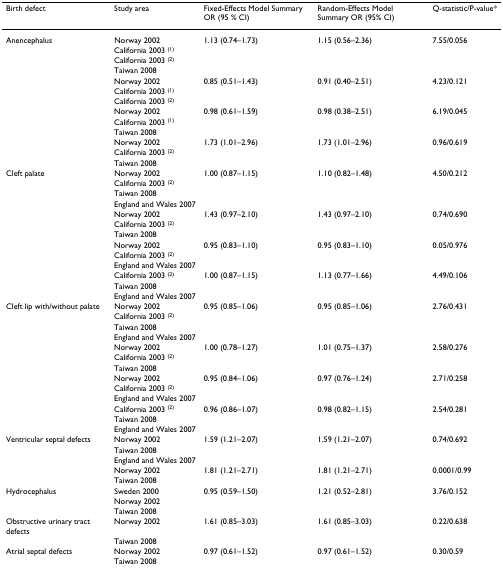
<table><thead><tr><td><b>Birth defect</b></td><td><b>Study area</b></td><td><b>Fixed-Effects Model Summary OR (95 % CI)</b></td><td><b>Random-Effects Model Summary OR (95% CI)</b></td><td><b>Q-statistic/P-value*</b></td></tr></thead><tbody><tr><td>Anencephalus</td><td>Norway 2002</td><td>1.13 (0.74–1.73)</td><td>1.15 (0.56–2.36)</td><td>7.55/0.056</td></tr><tr><td></td><td>California 2003 <sup>(1)</sup></td><td></td><td></td><td></td></tr><tr><td></td><td>California 2003 <sup>(2)</sup></td><td></td><td></td><td></td></tr><tr><td></td><td>Taiwan 2008</td><td></td><td></td><td></td></tr><tr><td></td><td>Norway 2002</td><td>0.85 (0.51–1.43)</td><td>0.91 (0.40–2.51)</td><td>4.23/0.121</td></tr><tr><td></td><td>California 2003 <sup>(1)</sup></td><td></td><td></td><td></td></tr><tr><td></td><td>California 2003 <sup>(2)</sup></td><td></td><td></td><td></td></tr><tr><td></td><td>Norway 2002</td><td>0.98 (0.61–1.59)</td><td>0.98 (0.38–2.51)</td><td>6.19/0.045</td></tr><tr><td></td><td>California 2003 <sup>(1)</sup></td><td></td><td></td><td></td></tr><tr><td></td><td>Taiwan 2008</td><td></td><td></td><td></td></tr><tr><td></td><td>Norway 2002</td><td>1.73 (1.01–2.96)</td><td>1.73 (1.01–2.96)</td><td>0.96/0.619</td></tr><tr><td></td><td>California 2003 <sup>(2)</sup></td><td></td><td></td><td></td></tr><tr><td></td><td>Taiwan 2008</td><td></td><td></td><td></td></tr><tr><td>Cleft palate</td><td>Norway 2002</td><td>1.00 (0.87–1.15)</td><td>1.10 (0.82–1.48)</td><td>4.50/0.212</td></tr><tr><td></td><td>California 2003 <sup>(2)</sup></td><td></td><td></td><td></td></tr><tr><td></td><td>Taiwan 2008</td><td></td><td></td><td></td></tr><tr><td></td><td>England and Wales 2007</td><td></td><td></td><td></td></tr><tr><td></td><td>Norway 2002</td><td>1.43 (0.97–2.10)</td><td>1.43 (0.97–2.10)</td><td>0.74/0.690</td></tr><tr><td></td><td>California 2003 <sup>(2)</sup></td><td></td><td></td><td></td></tr><tr><td></td><td>Taiwan 2008</td><td></td><td></td><td></td></tr><tr><td></td><td>Norway 2002</td><td>0.95 (0.83–1.10)</td><td>0.95 (0.83–1.10)</td><td>0.05/0.976</td></tr><tr><td></td><td>California 2003 <sup>(2)</sup></td><td></td><td></td><td></td></tr><tr><td></td><td>England and Wales 2007</td><td></td><td></td><td></td></tr><tr><td></td><td>California 2003 <sup>(2)</sup></td><td>1.00 (0.87–1.15)</td><td>1.13 (0.77–1.66)</td><td>4.49/0.106</td></tr><tr><td></td><td>Taiwan 2008</td><td></td><td></td><td></td></tr><tr><td></td><td>England and Wales 2007</td><td></td><td></td><td></td></tr><tr><td>Cleft lip with/without palate</td><td>Norway 2002</td><td>0.95 (0.85–1.06)</td><td>0.95 (0.85–1.06)</td><td>2.76/0.431</td></tr><tr><td></td><td>California 2003 <sup>(2)</sup></td><td></td><td></td><td></td></tr><tr><td></td><td>Taiwan 2008</td><td></td><td></td><td></td></tr><tr><td></td><td>England and Wales 2007</td><td></td><td></td><td></td></tr><tr><td></td><td>Norway 2002</td><td>1.00 (0.78–1.27)</td><td>1.01 (0.75–1.37)</td><td>2.58/0.276</td></tr><tr><td></td><td>California 2003 <sup>(2)</sup></td><td></td><td></td><td></td></tr><tr><td></td><td>Taiwan 2008</td><td></td><td></td><td></td></tr><tr><td></td><td>Norway 2002</td><td>0.95 (0.84–1.06)</td><td>0.97 (0.76–1.24)</td><td>2.71/0.258</td></tr><tr><td></td><td>California 2003 <sup>(2)</sup></td><td></td><td></td><td></td></tr><tr><td></td><td>England and Wales 2007</td><td></td><td></td><td></td></tr><tr><td></td><td>California 2003 <sup>(2)</sup></td><td>0.96 (0.86–1.07)</td><td>0.98 (0.82–1.15)</td><td>2.54/0.281</td></tr><tr><td></td><td>Taiwan 2008</td><td></td><td></td><td></td></tr><tr><td></td><td>England and Wales 2007</td><td></td><td></td><td></td></tr><tr><td>Ventricular septal defects</td><td>Norway 2002</td><td>1.59 (1.21–2.07)</td><td>1.59 (1.21–2.07)</td><td>0.74/0.692</td></tr><tr><td></td><td>Taiwan 2008</td><td></td><td></td><td></td></tr><tr><td></td><td>England and Wales 2007</td><td></td><td></td><td></td></tr><tr><td></td><td>Norway 2002</td><td>1.81 (1.21–2.71)</td><td>1.81 (1.21–2.71)</td><td>0.0001/0.99</td></tr><tr><td></td><td>Taiwan 2008</td><td></td><td></td><td></td></tr><tr><td>Hydrocephalus</td><td>Sweden 2000</td><td>0.95 (0.59–1.50)</td><td>1.21 (0.52–2.81)</td><td>3.76/0.152</td></tr><tr><td></td><td>Norway 2002</td><td></td><td></td><td></td></tr><tr><td></td><td>Taiwan 2008</td><td></td><td></td><td></td></tr><tr><td>Obstructive urinary tract defects</td><td>Norway 2002</td><td>1.61 (0.85–3.03)</td><td>1.61 (0.85–3.03)</td><td>0.22/0.638</td></tr><tr><td></td><td>Taiwan 2008</td><td></td><td></td><td></td></tr><tr><td>Atrial septal defects</td><td>Norway 2002</td><td>0.97 (0.61–1.52)</td><td>0.97 (0.61–1.52)</td><td>0.30/0.59</td></tr><tr><td></td><td>Taiwan 2008</td><td></td><td></td><td></td></tr></tbody></table>